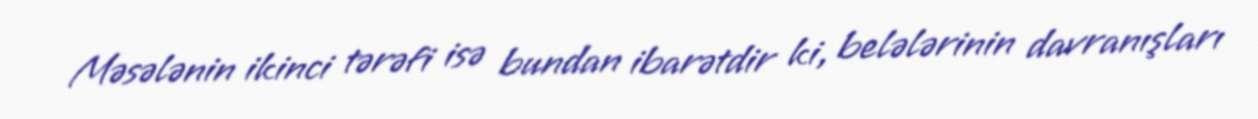
Məsələnin ikinci tərəfi isə bundan ibarətdir ki, belələrinin davranışları